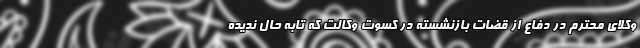
وکلای محترم در دفاع از قضات بازنشسته در کسوت وکالت که تابه حال ندیده